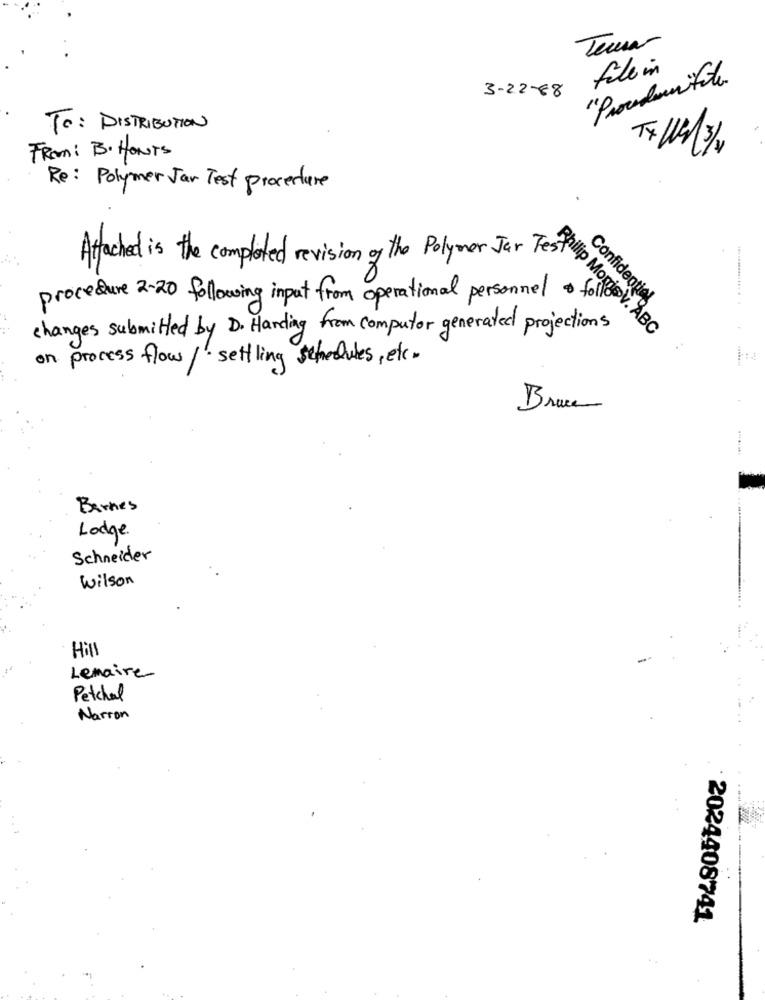
Temar
file in
3-22-88
TO: DISTRIBUTION
FROM: B. HONTS
Re: Polymer Jar Test Procedure
Attached is the completed revision of the Polymer Jal Morillas
procedure 2-20 following input from operational personnel folio
Confidentiel
changes submitted by D. Handing from computer generated projections
Philip MomisV. ABC
on process flow/ settling schedules, etc.
Bruce
Barnes
Lodge
Schneider
Wilson
Hill
Lemaire
Petchal
Narron
2024408741